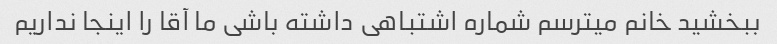
ببخشید خانم میترسم شماره اشتباهی داشته باشی ما آقا را اینجا نداریم